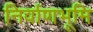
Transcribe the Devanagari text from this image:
निर्वाणभूमि